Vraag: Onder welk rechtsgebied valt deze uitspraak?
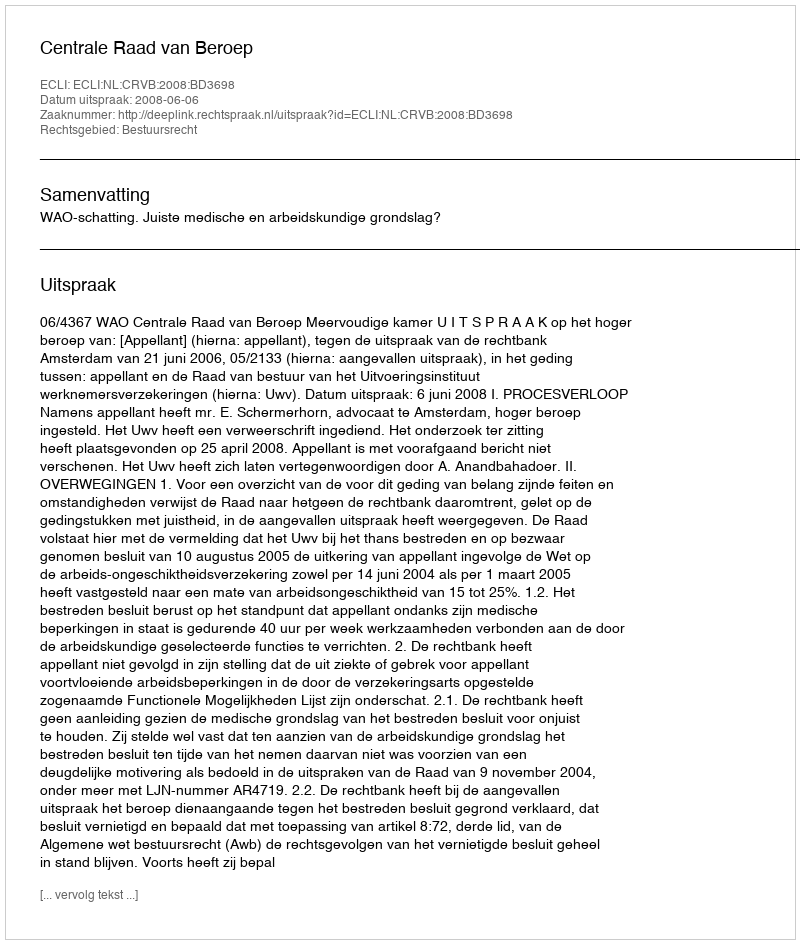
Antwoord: Bestuursrecht